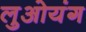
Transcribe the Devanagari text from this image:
लुओयंग